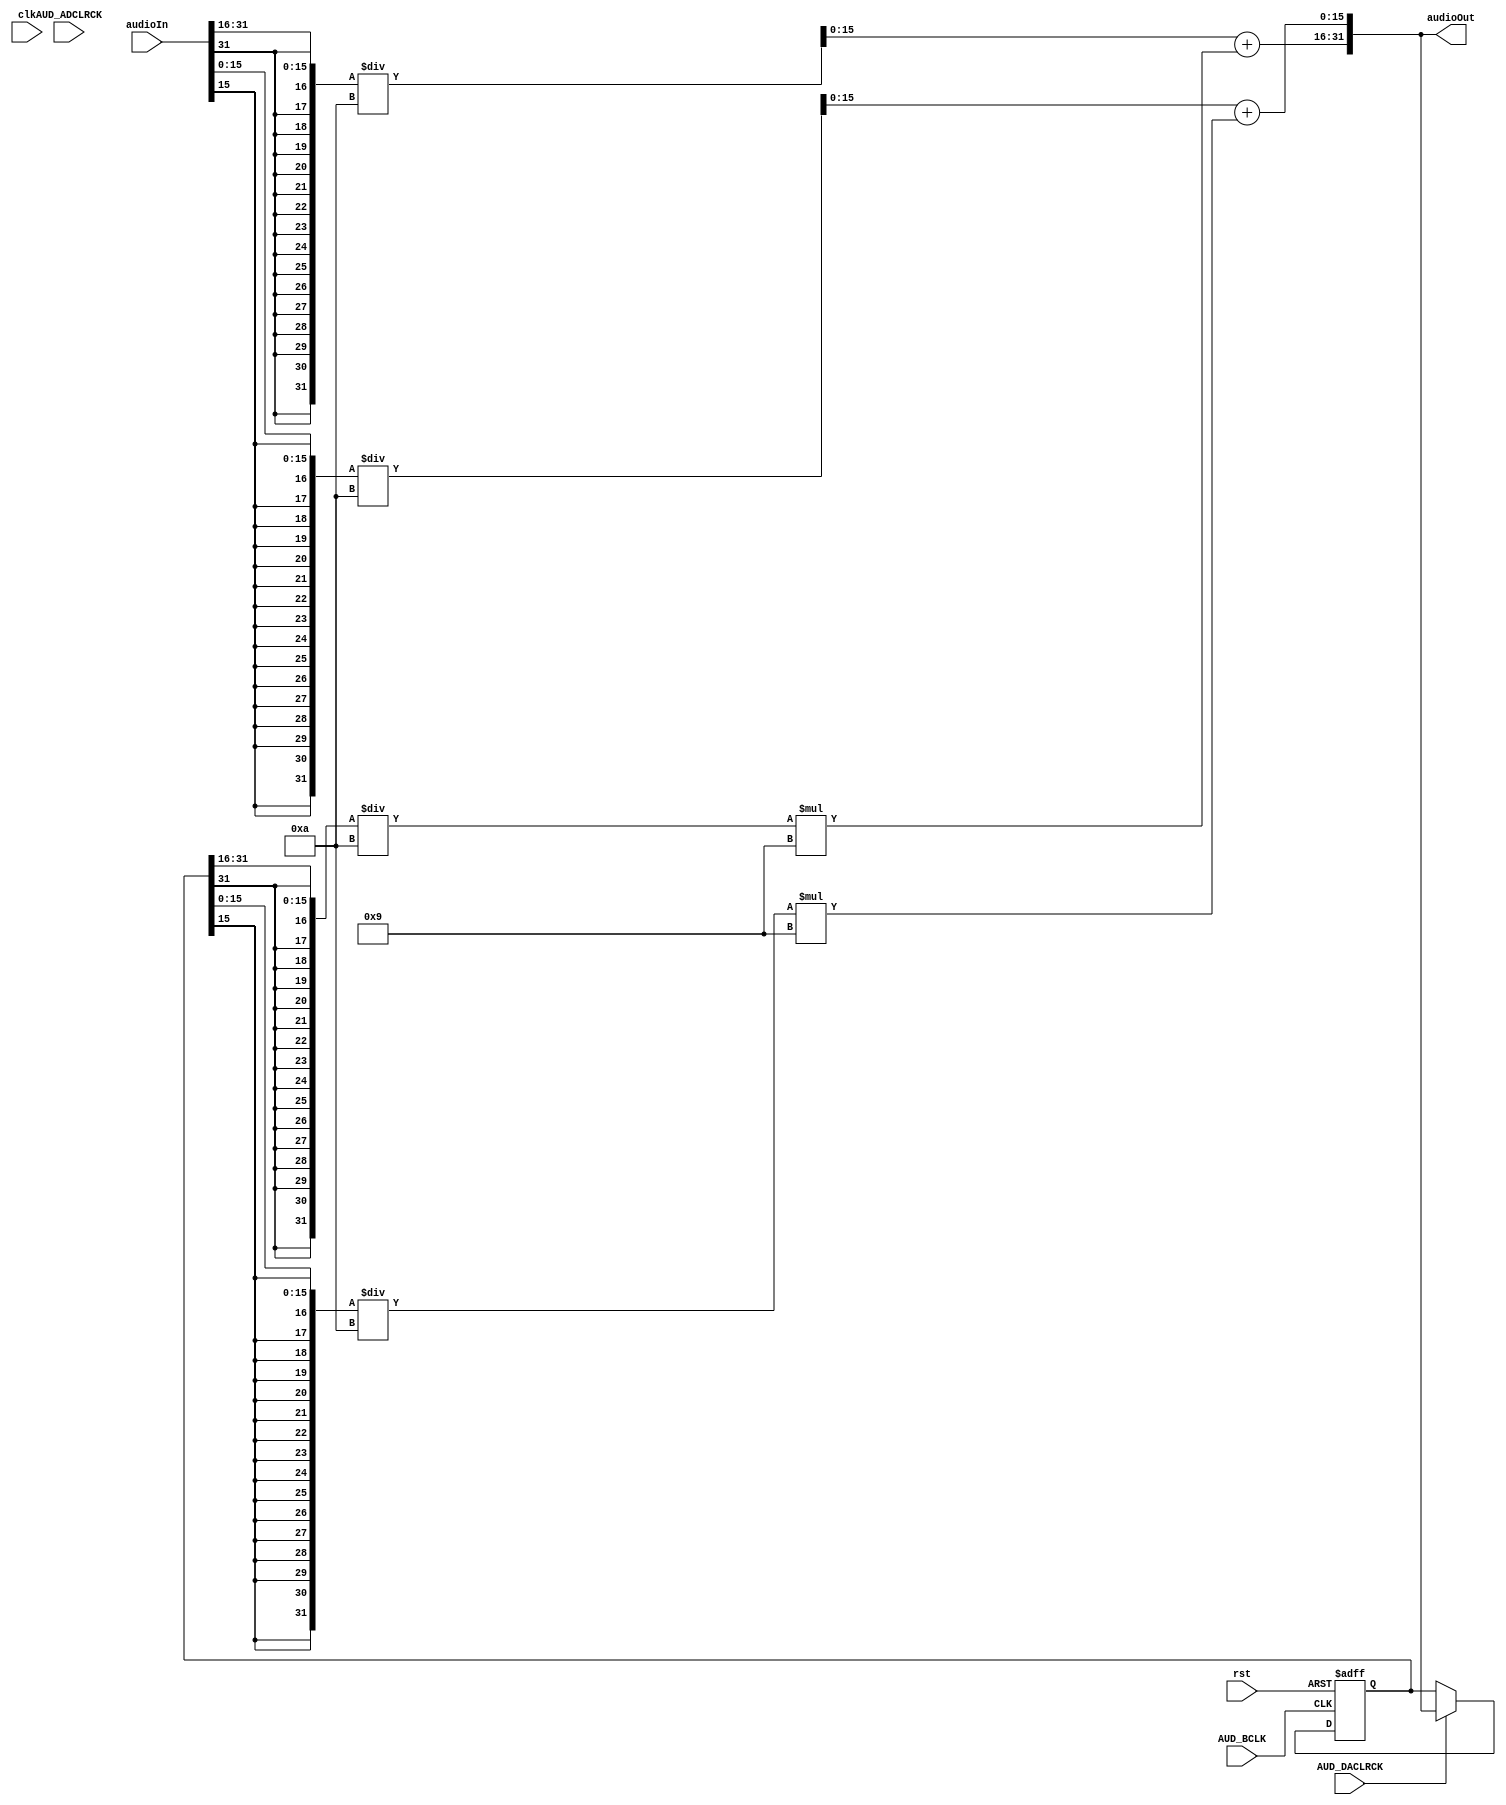
//Created by Austyn Larkin 2016
//All rights reserved

module LowPassFilter(
input clk,
input rst,
input AUD_BCLK,
input AUD_DACLRCK,
input AUD_ADCLRCK,
input [31:0]audioIn,

output reg [31:0]audioOut
);

reg [31:0]lastAudioIn;
reg [31:0]lastOutput;
initial lastOutput = 32'd0;

//use 32 bits so we can do math and not have to worry about overflows.
wire signed [31:0]leftAudio = { {16{audioIn[31]}}, audioIn[31:16]};
wire signed [31:0]leftLastOutput = { {16{lastOutput[31]}}, lastOutput[31:16]};
reg signed [31:0]leftResult;

wire signed [31:0]rightAudio = { {16{audioIn[15]}}, audioIn[15:0]};
wire signed [31:0]rightLastOutput = {  {16{lastOutput[15]}}, lastOutput[15:0]};
reg signed [31:0]rightResult;
reg signed [15:0]left;
reg signed [15:0]right;

always @ (*)
begin
	

	
	leftResult = ( $signed(leftAudio) / $signed(32'd10)) + ( ((  $signed(leftLastOutput) ) / $signed(32'd10) ) * $signed(32'd9) );
	rightResult = (  $signed(rightAudio) / $signed(32'd10)) + ( (  $signed(rightLastOutput) / $signed(32'd10)) * $signed(32'd9) );
	
	audioOut[31:16] = leftResult[15:0];
	audioOut[15:0] =  rightResult[15:0];
	
	
end

always @ (posedge AUD_BCLK or negedge rst)
begin
	
	if(rst == 0)
		begin
			lastOutput <= 0;
		end
	else 
		begin
		
			if(AUD_DACLRCK == 1)
			begin

				lastOutput <= audioOut;
				//audioOut[31:16] <= $signed(audioIn[31:16])/$signed(16'd2);
				//audioOut[15:0] <=  $signed(audioIn[15:0])/$signed(16'd2);
			end
			
		end
	
end



endmodule